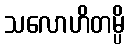
သလောဟိတမ္ပိ